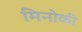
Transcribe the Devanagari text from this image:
मिनोकी